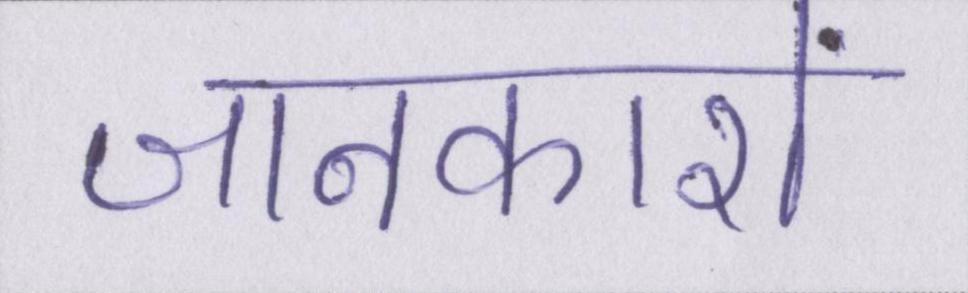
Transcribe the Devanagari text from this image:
जानकारों